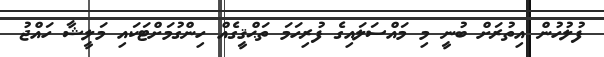
ފުލުހުން އިތުރަށް ބުނީ މި މައްސަލައިގެ ފުރިހަމަ ތަޙްޤީގެއް ހިންގުމަށްޓަކައި މަލީޝާ ހައްޖު